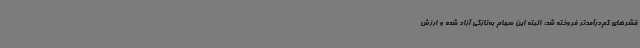
قشرهای کم‌درآمدتر فروخته شد؛ البته این سهام به‌تازگی آزاد شده و ارزش